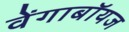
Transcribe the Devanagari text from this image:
वेंगाबॉयज